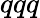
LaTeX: qqq